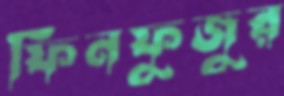
ফিনফুজুর